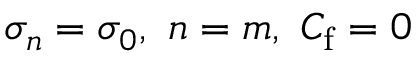
\sigma _ { n } = \sigma _ { 0 } , \ n = m , \ C _ { \mathrm { f } } = 0